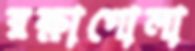
রক্ষাগোলা